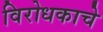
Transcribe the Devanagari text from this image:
विरोधकाचे